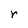
Character: r